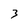
Character: 3